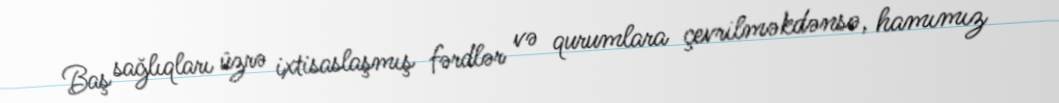
Baş sağlıqları üzrə ixtisaslaşmış fərdlər və qurumlara çevrilməkdənsə, hamımız